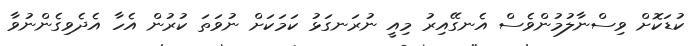
ކުޑަކޮށް ވިސްނާލުމުންވެސް އެނގޭއިރު މިއީ ނުރަނގަޅު ކަމަކަށް ނުވަތަ ކުރުން އެހާ އެދެވިގެންނުވާ